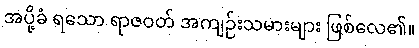
အပို့ခံ ရသော ရာဇဝတ် အကျဉ်းသမားများ ဖြစ်လေ၏။